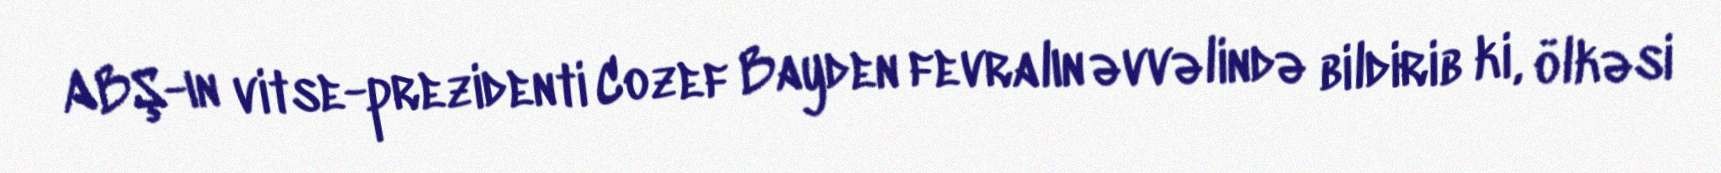
ABŞ-ın vitse-prezidenti Cozef Bayden fevralın əvvəlində bildirib ki, ölkəsi